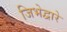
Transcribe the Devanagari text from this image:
जिभेद्वारे